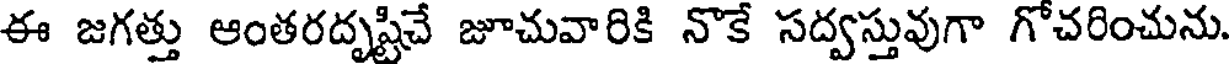
ఈ జగత్తు ఆంతరదృష్టిచే జూచువారికి నొకే సద్వస్తువుగా గోచరించును